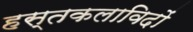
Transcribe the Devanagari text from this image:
हस्तकलाविदों